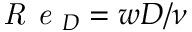
\textit { R e } _ { D } = w D / \nu